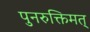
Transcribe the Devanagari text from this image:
पुनरुक्तिमत्